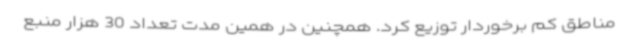
مناطق کم برخوردار توزیع کرد. همچنین در همین مدت تعداد 30 هزار منبع